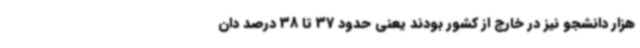
هزار دانشجو نیز در خارج از کشور بودند یعنی حدود 37 تا 38 درصد دان